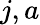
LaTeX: j,a